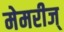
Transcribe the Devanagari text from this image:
मेमरीज्